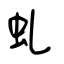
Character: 虬